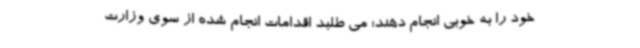
خود را به خوبی انجام دهند؛ می طلبد اقدامات انجام شده از سوی وزارت